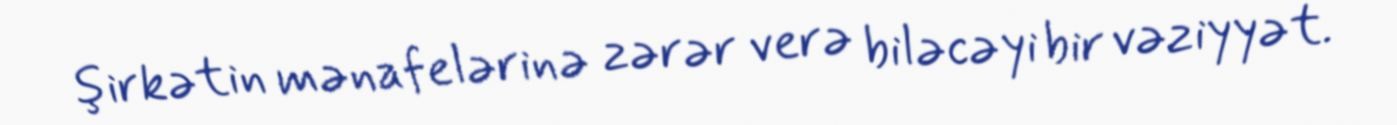
şirkətin mənafelərinə zərər verə biləcəyi bir vəziyyət.